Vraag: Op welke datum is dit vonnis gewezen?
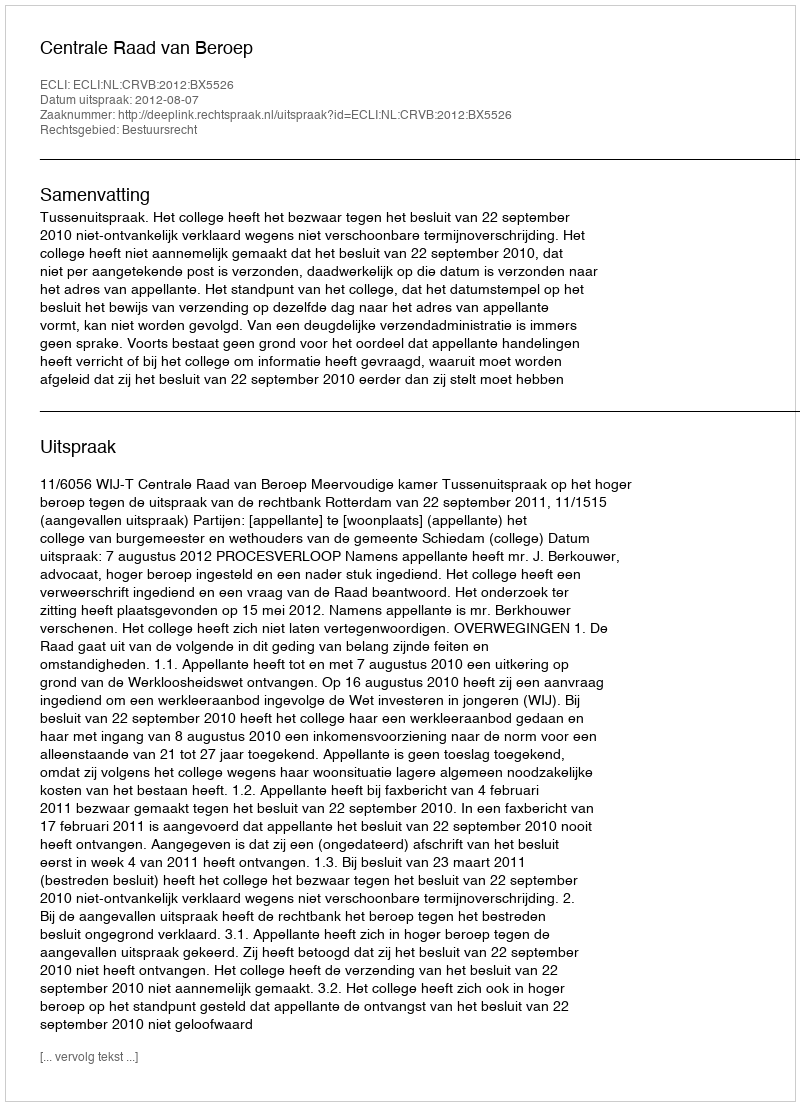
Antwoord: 2012-08-07